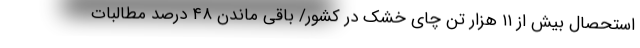
استحصال بیش از ۱۱ هزار تن چای خشک در کشور/ باقی ماندن ۴۸ درصد مطالبات